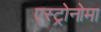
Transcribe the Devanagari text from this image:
एस्ट्रोनोमा